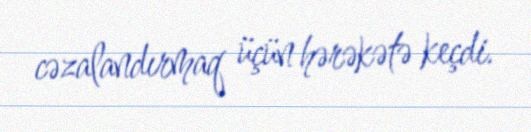
cəzalandırmaq üçün hərəkətə keçdi.